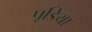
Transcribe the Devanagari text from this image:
पूडिया